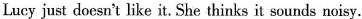
Lucy just doesn't like it. She thinks it sounds noisy.